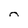
Character: n